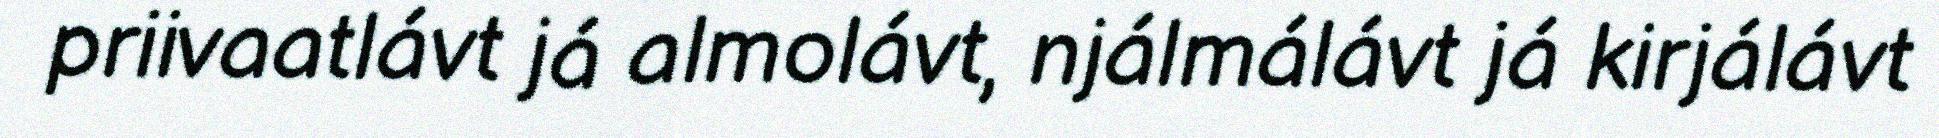
priivaatlávt já almolávt, njálmálávt já kirjálávt